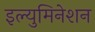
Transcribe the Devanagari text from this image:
इल्युमिनेशन